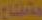
مفتاح